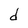
Character: d